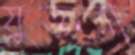
যুক্তরা